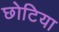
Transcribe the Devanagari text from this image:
छोटिया